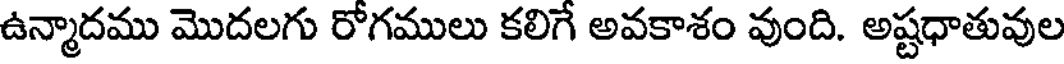
ఉన్మాదము మొదలగు రోగములు కలిగే అవకాశం వుంది. అష్టధాతువుల